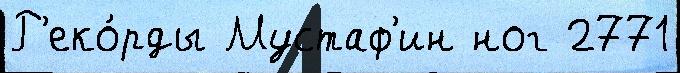
Р'еко́рды Мустаф'ин ног 2771